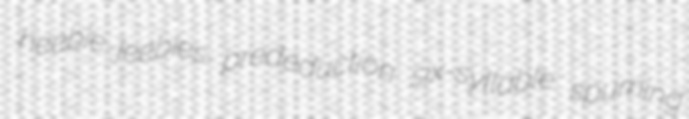
heebie-jeebies prededuction six-syllable spurning